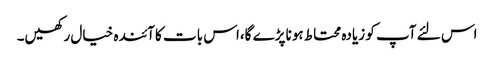
اس لئے آپ کو زیادہ محتاط ہونا پڑے گا،اس بات کا آئندہ خیال رکھیں۔